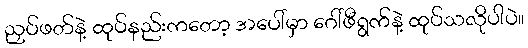
ညှပ်ဖတ်နဲ့ ထုပ်နည်းကတော့ အပေါ်မှာ ဂေါ်ဖီရွက်နဲ့ ထုပ်သလိုပါပဲ။